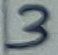
Text: 5